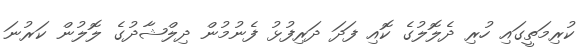
ކުރިމަތީގައި ހުރި ދެލޮލުގެ ކޮއި ފަދަ ދަރިފުޅު ފެނުމުން ދިލްޝާދުގެ ލޮލުން ކަރުނަ